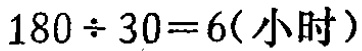
\(180 \div 30 = 6(\text{小时})\)